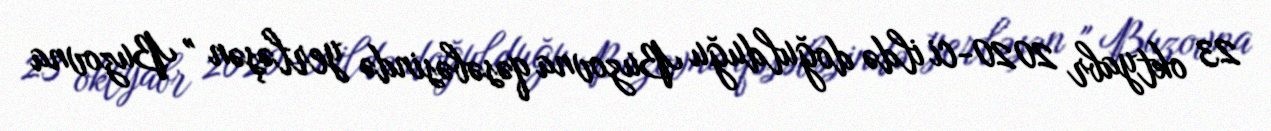
23 oktyabr 2020-ci ildə doğulduğu Buzovna qəsəbəsində yerləşən " Buzovna